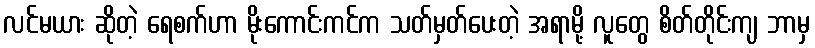
လင်မယား ဆိုတဲ့ ရေစက်ဟာ မိုးကောင်းကင်က သတ်မှတ်ပေးတဲ့ အရာမို့ လူတွေ စိတ်တိုင်းကျ ဘာမှ